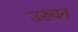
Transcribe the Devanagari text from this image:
उरुवन